Lunatic asylums Burma 1907-21 - 1907-1921
Year: 1907
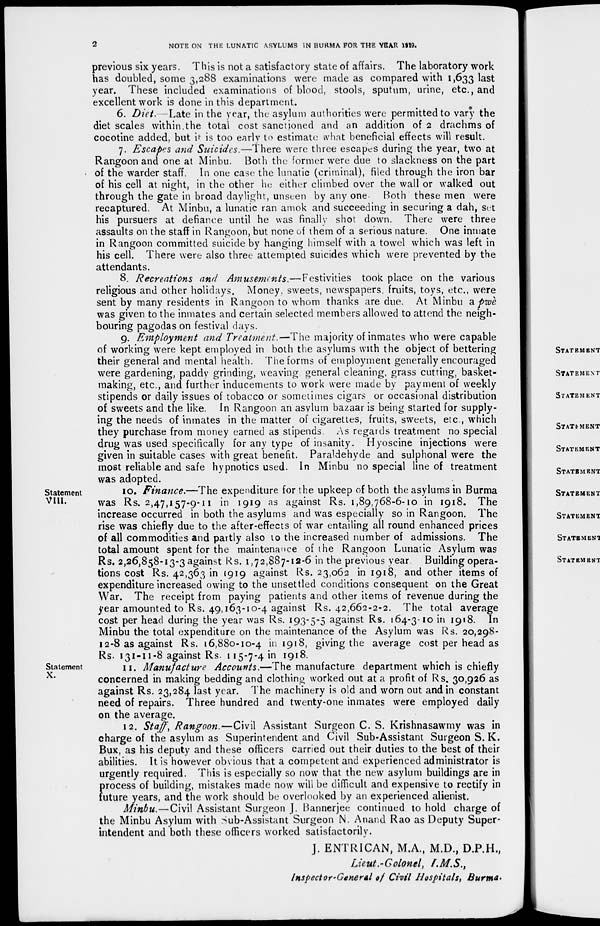
2
NOTE ON THE LUNATIC ASYLUMS IN BURMA FOR THE YEAR 1919.
previous six years. This is not a satisfactory state of affairs. The laboratory work
has doubled, some 3,288 examinations were made as compared with 1,633 last
year. These included examinations of blood, stools, sputum, urine, etc., and
excellent work is done in this department.
6. Diet. Late in the year, the asylum authorities were permitted to vary the
diet scales within the total cost sanctioned and an addition of 2 drachms of
cocotine added, but it is too early to estimate what beneficial effects will result.
7. Escapes and Suicides.—There were three escapes during the year, two at
Rangoon and one at Minbu. Both the former were due to slackness on the part
of the warder staff. In one case the lunatic (criminal), filed through the iron bar
of his cell at night, in the other he either climbed over the wall or walked out
through the gate in broad daylight, unseen by any one. Both these men were
recaptured. At Minbu, a lunatic ran amok and succeeding in securing a dah, set
his pursuers at defiance until he was finally shot down. There were three
assaults on the staff in Rangoon, but none of them of a serious nature. One inmate
in Rangoon committed suicide by hanging himself with a towel which was left in
his cell. There were also three attempted suicides which were prevented by the
attendants.
8. Recreations and Amusements.—Festivities
took place on the various
religious and other holidays. Money, sweets, newspapers, fruits, toys, etc., were
sent by many residents in Rangoon to whom thanks are due. At Minbu a pwè
was given to the inmates and certain selected members allowed to attend the neigh-
bouring pagodas on festival days.
9. Employment and Treatment.—The majority of inmates who were capable
of working were kept employed in both the asylums with the object of bettering
their general and mental health. The forms of employment generally encouraged
were gardening, paddy grinding, weaving general cleaning, grass cutting, basket-
making, etc., and further inducements to work were made by payment of weekly
stipends or daily issues of tobacco or sometimes cigars or occasional distribution
of sweets and the like. In Rangoon an asylum bazaar is being started for supply-
ing the needs of inmates in the matter of cigarettes, fruits, sweets, etc., which
they purchase from money earned as stipends. As regards treatment no special
drug was used specifically for any type of insanity. Hyoscine injections were
given in suitable cases with great benefit. Paraldehyde and sulphonal were the
most reliable and safe hypnotics used. In Minbu no special line of treatment
was adopted.
Statement
VIII.
10. Finance.—The expenditure for the upkeep of both the asylums in Burma
was Rs. 2,47,157-9-11 in 1919 as against Rs. 1,89,768-6-10 in 1918. The
increase occurred in both the asylums and was especially so in Rangoon. The
rise was chiefly due to the after-effects of war entailing all round enhanced prices
of all commodities and partly also to the increased number of admissions. The
total amount spent for the maintenance of the Rangoon Lunatic Asylum was
Rs. 2,26,858-13-3 against Rs. 1,72,887-12-6 in the previous year
Building opera-
tions cost Rs. 42,363 in 1919 against Rs. 23,062 in 1918, and other items of
expenditure increased owing to the unsettled conditions consequent on the Great
War. The receipt from paying patients and other items of revenue during the
year amounted to Rs. 49,163-10-4 against Rs. 42,662-2-2. The total average
cost per head during the year was Rs. 193-5-5 against Rs. 164-3-10 in 1918. In
Minbu the total expenditure on the maintenance of the Asylum was Rs. 20,298-
12-8 as against Rs. 16,880-10-4 in 1918, giving the average cost per head as
Rs. 131-11 -8 against Rs. 115-7-4 in 1918.
Statement
X.
11. Manufacture
Accounts.—The manufacture department which is chiefly
concerned in making bedding and clothing worked out at a profit of Rs. 30,926 as
against Rs. 23,284 last year. The machinery is old and worn out and in constant
need of repairs. Three hundred and twenty-one inmates were employed daily
on the average.
12. Staff, Rangoon.—Civil Assistant Surgeon C. S. Krishnasawmy was in
charge of the asylum as Superintendent and Civil Sub-Assistant Surgeon S. K.
Bux, as his deputy and these officers carried out their duties to the best of their
abilities. It is however obvious that a competent and experienced administrator is
urgently required. This is especially so now that the new asylum buildings are in
process of building, mistakes made now will be difficult and expensive to rectify in
future years, and the work should be overlooked by an experienced alienist.
Minbu.—Civil Assistant Surgeon J. Bannerjee continued to hold charge of
the Minbu Asylum with Sub-Assistant Surgeon N. Anand Rao as Deputy Super-
intendent and both these officers worked satisfactorily.
J. ENTRICAN, M.A., M.D., D.P.H.,
Lieut.-Colonel,
I.M.S.,
Inspector General of Civil Hospitals, Burma.